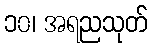
၁၀၊ အရညသုတ်